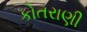
કોતરાણી